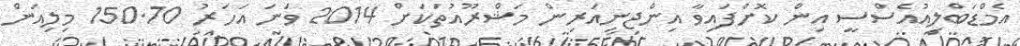
އެމްޑަބްލިއުއެސްސީ އިން ކޮށްފައިވާ އިންޖިނިއަރިން މަޝްރޫއުތަކަށް 2014 ވަނަ އަހަރު 150.70 މިލިއަން